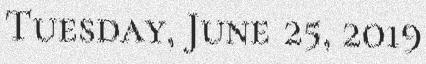
Tuesday, June 25, 2019